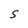
Character: S